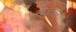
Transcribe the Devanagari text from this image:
क्वड्राचर